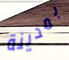
بمدينة